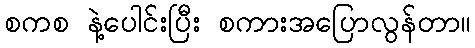
စကစ နဲ့ပေါင်းပြီး စကားအပြောလွန်တာ။